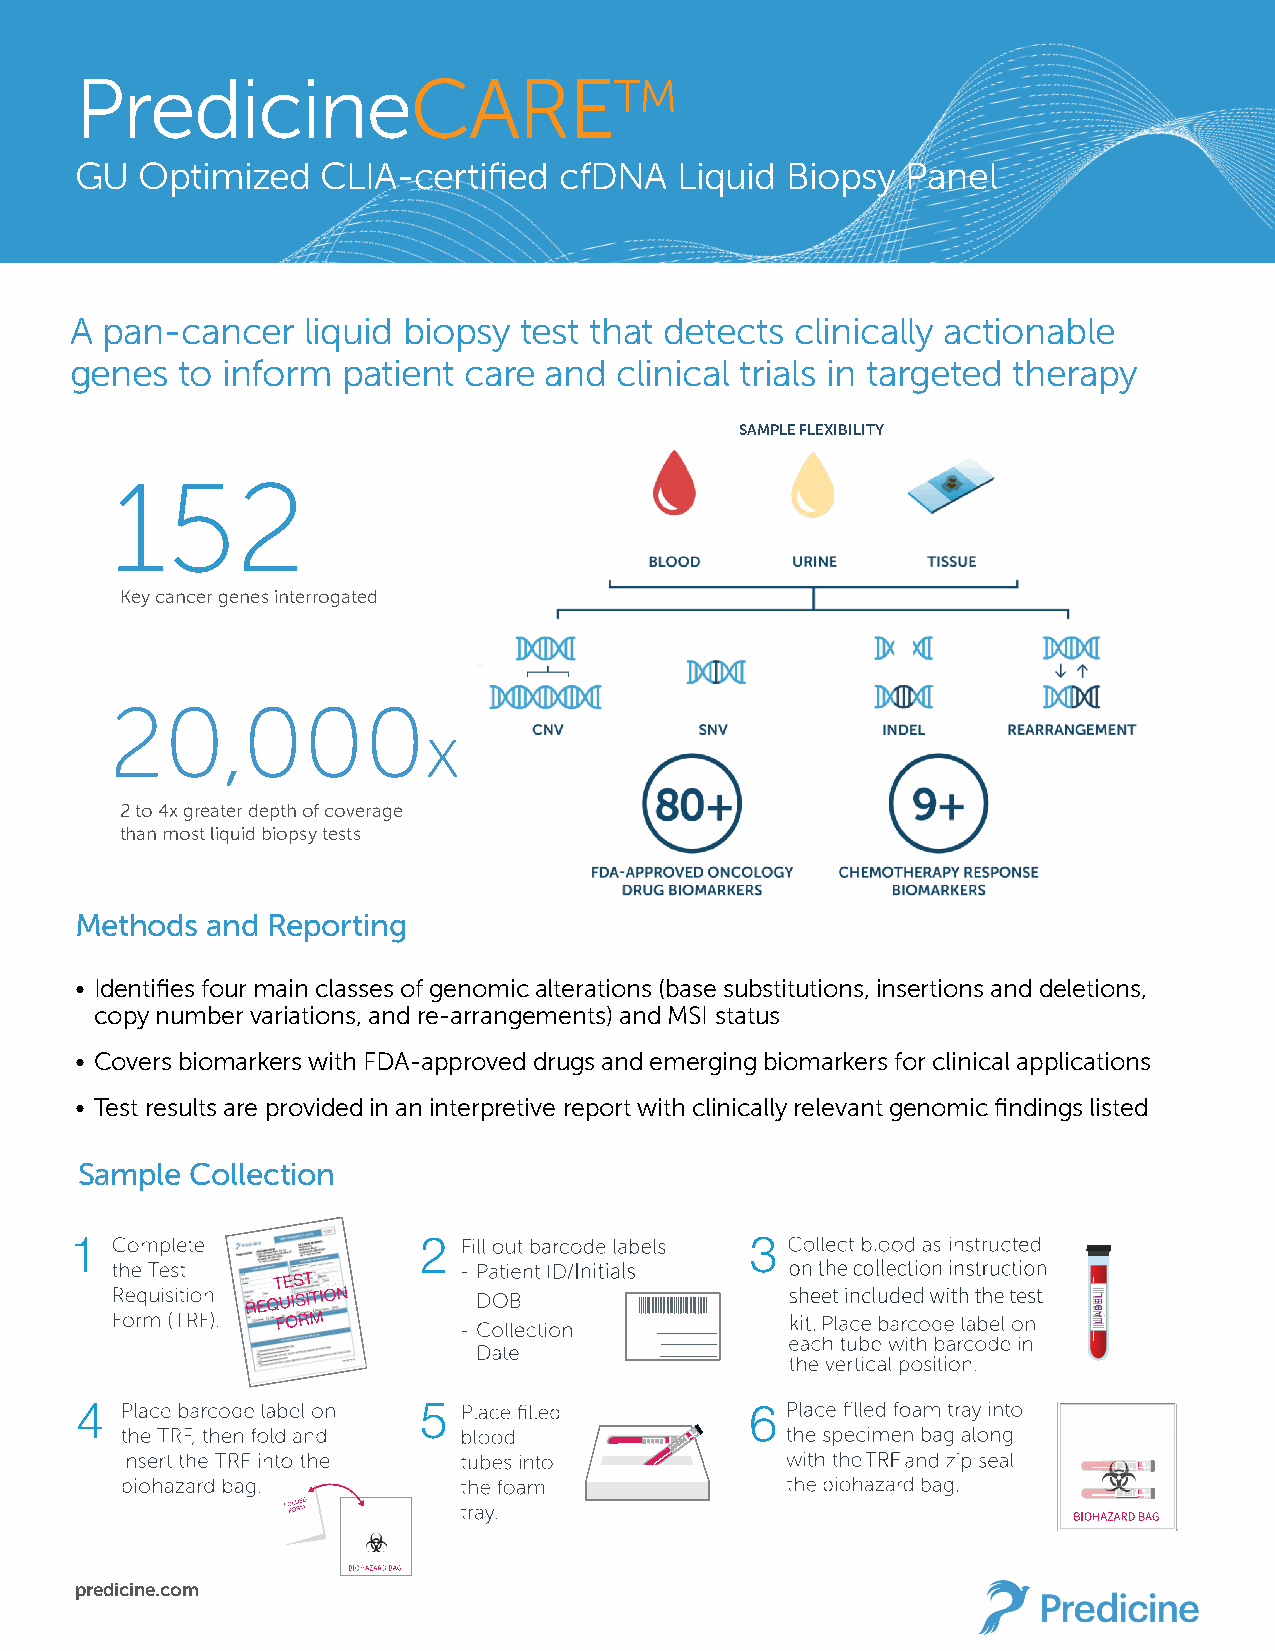
PredicineCARETM
 GU  Optimized   CLIA-certified  cfDNA   Liquid Biopsy  Panel
 A pan-cancer   liquid biopsy test that detects  clinically actionable
 genes  to inform  patient care and  clinical trials in targeted therapy
 SAMPLE FLEXIBILITY
 152
 Key cancer genes interrogated
 20,000
 x
 2 to 4x greater depth of coverage
 than most liquid biopsy tests
 Methods  and Reporting
 • Identifies four main classes of genomic alterations (base substitutions, insertions and deletions,
 copy number variations, and re-arrangements) and MSI status
 • Covers biomarkers with FDA-approved drugs and emerging biomarkers for clinical applications
 • Test results are provided in an interpretive report with clinically relevant genomic findings listed
 Sample  Collection
 predicine.com